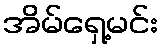
အိမ်ရှေ့မင်း